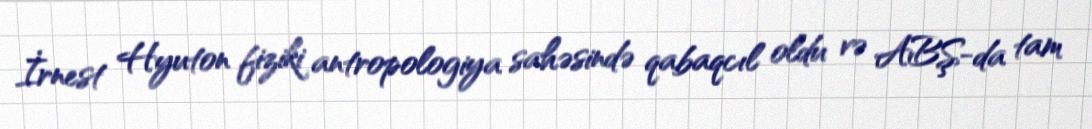
İrnest Hyuton fiziki antropologiya sahəsində qabaqcıl oldu və ABŞ-da tam